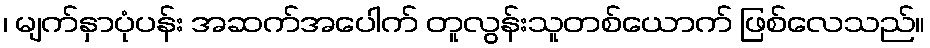
၊ မျက်နှာပုံပန်း အဆက်အပေါက် တူလွန်းသူတစ်ယောက် ဖြစ်လေသည်။